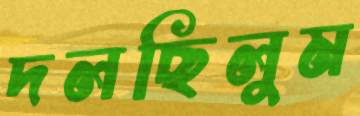
দলছিলুম